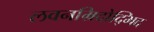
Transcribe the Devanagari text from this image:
लवनम्रिदोद्भिद